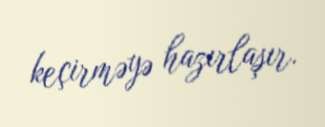
keçirməyə hazırlaşır.